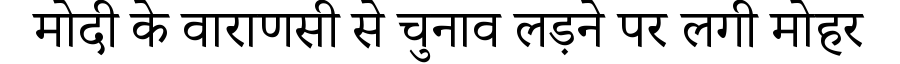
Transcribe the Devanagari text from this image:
मोदी के वाराणसी से चुनाव लड़ने पर लगी मोहर